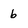
Character: 6